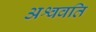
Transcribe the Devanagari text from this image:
अश्ववति